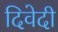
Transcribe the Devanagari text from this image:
दिवेदी